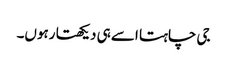
جی چاہتا اسے ہی دیکھتا رہوں۔